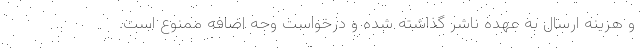
و هزینه ارسال به عهده ناشر گذاشته شده و درخواست وجه اضافه ممنوع است.